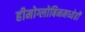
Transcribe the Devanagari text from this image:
हीमोग्लोबिनमध्येही